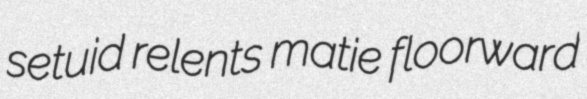
setuid relents matie floorward